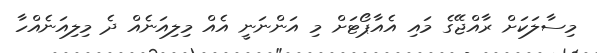
މިސާލަކަށް ރާއްޖޭގެ މައި އެއާޕޯޓަށް މި އަންނަނީ އެއް މިލިއަނެއް ދެ މިލިއަނެއްހާ